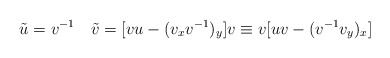
\begin{align*}\tilde u=v^{-1}\quad \tilde v=[vu-(v_x v^{-1})_y]v\equiv v [uv-(v^{-1}v_y)_x]\end{align*}